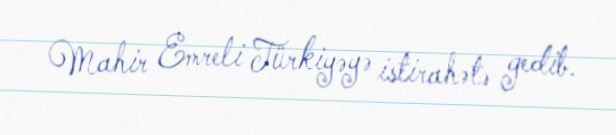
Mahir Emreli Türkiyəyə istirahətə gedib.